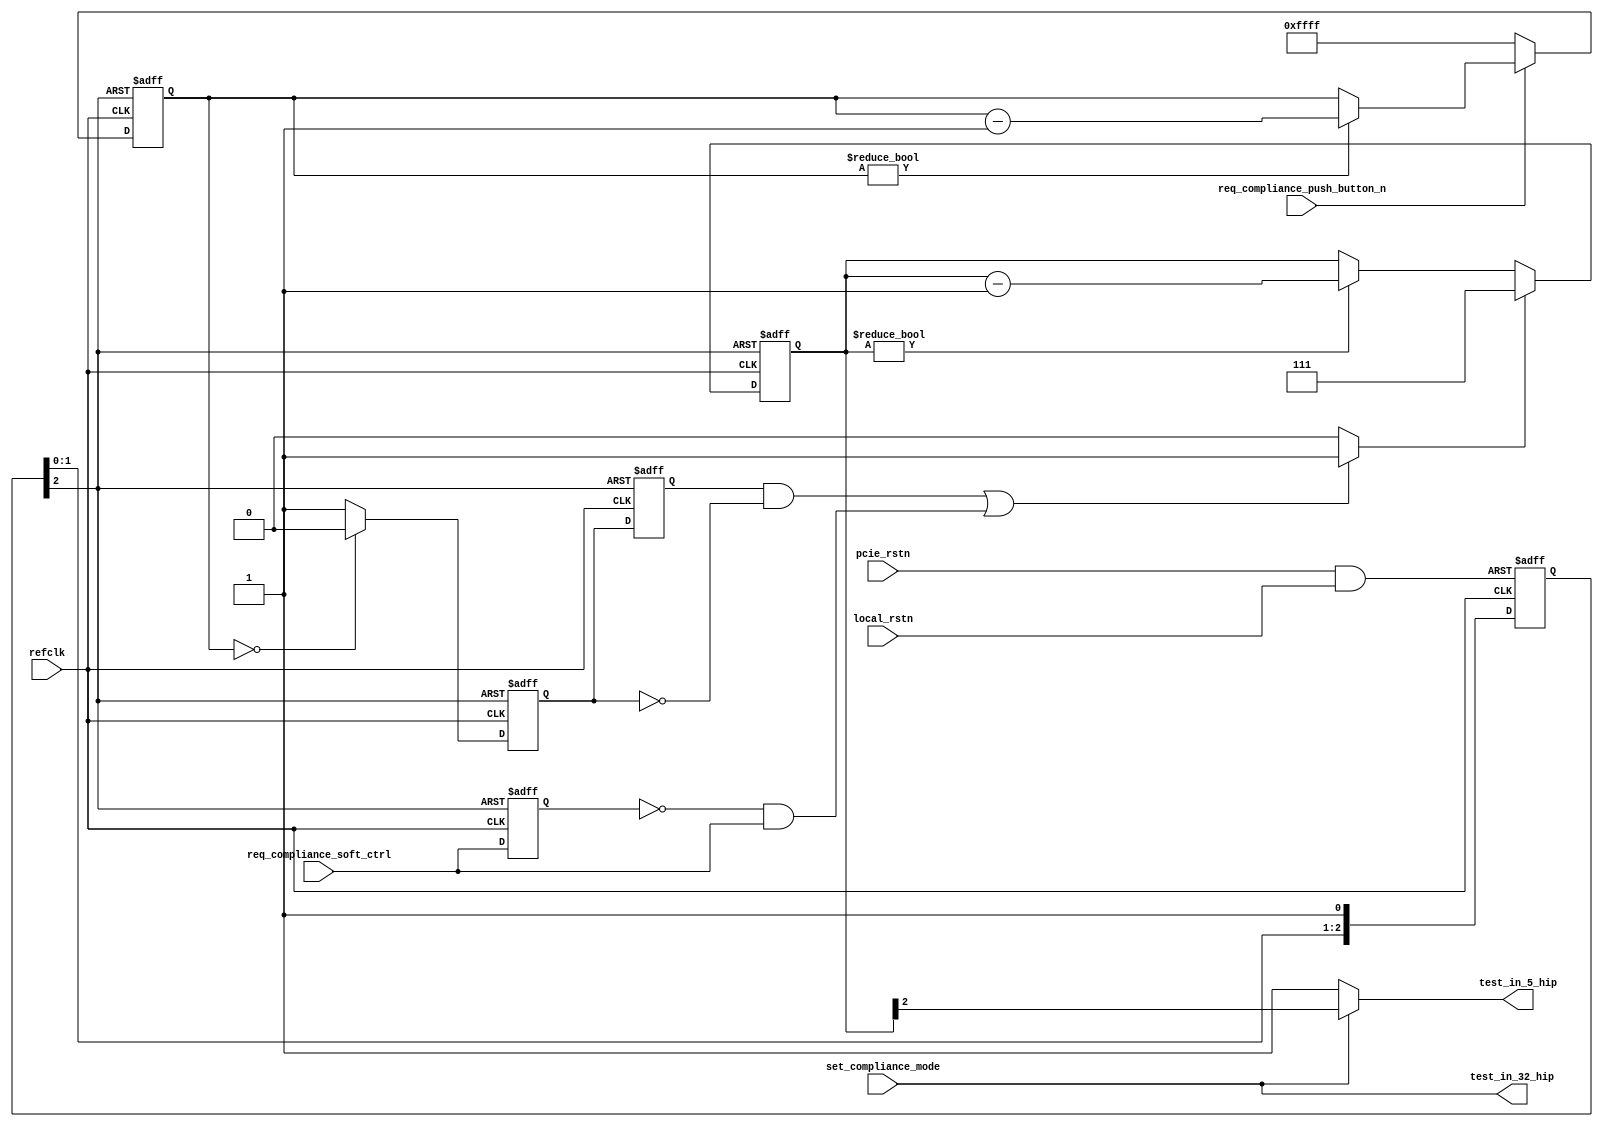
module altpcierd_compliance_test (
    input local_rstn,                  // Local board reset
    input pcie_rstn,                   // PCIe reset
    input refclk,                      // 100 Mhz clock
    input req_compliance_push_button_n,// Push button to cycle through compliance mode, gen1, gen2 - Active low
    input req_compliance_soft_ctrl  ,  // Register to cycle trough compliance mode (monitor rising edge on this register - Active on 0 to 1 transition
    input set_compliance_mode,         // Set compliance mode (test_in[32])

    output test_in_5_hip,
    output test_in_32_hip);

wire rstn;                   // async rstn synchronized on refclk
wire exit_ltssm_compliance;  // when 1 : force exit LTSSM COMPLIANCE state
                             // When 0 : if board plugged on compliance based board, LTSSM returns to COMPLIANCE state
wire new_edge_for_compliance;
reg [2:0] ltssm_cnt_cycles;
reg [15:0] dbc_cnt;

assign test_in_5_hip = (set_compliance_mode==1'b0) ? 1'b1 : exit_ltssm_compliance;
assign test_in_32_hip= set_compliance_mode;

//
// LTSSM Compliance forcing in/out
//
assign exit_ltssm_compliance = ltssm_cnt_cycles[2];
always @(posedge refclk or negedge rstn) begin
   if (rstn == 1'b0) begin
      ltssm_cnt_cycles     <= 3'b000;
   end
   else begin
      if (new_edge_for_compliance==1'b1) begin
         ltssm_cnt_cycles <= 3'b111;
      end
      else if (ltssm_cnt_cycles != 3'b000) begin
         ltssm_cnt_cycles <= ltssm_cnt_cycles - 3'b001;
      end
   end
end

reg  req_compliance_cycle,req_compliance_cycle_r, req_compliance_soft_ctrl_r;
always @(posedge refclk or negedge rstn) begin
   if (rstn == 1'b0) begin
      req_compliance_cycle       <= 1'b1;
      req_compliance_cycle_r     <= 1'b1;
      req_compliance_soft_ctrl_r <= 1'b1;
   end
   else begin
      req_compliance_cycle       <= (dbc_cnt == 16'h0000) ? 1'b0: 1'b1;
      req_compliance_cycle_r     <= req_compliance_cycle;
      req_compliance_soft_ctrl_r <= req_compliance_soft_ctrl;
   end
end
assign new_edge_for_compliance = (((req_compliance_cycle_r == 1'b1)&(req_compliance_cycle == 1'b0))||
                                 ((req_compliance_soft_ctrl_r == 1'b0)&(req_compliance_soft_ctrl == 1'b1))) ?1'b1:1'b0;


//De bouncer  for push button
always @(posedge refclk or negedge rstn) begin
    if (rstn == 1'b0) begin
       dbc_cnt <= 16'hFFFF;
    end
    else begin
       if (req_compliance_push_button_n == 0) begin
          dbc_cnt <= 16'hFFFF;
       end
       else if (dbc_cnt != 16'h0000) begin
          dbc_cnt <= dbc_cnt -16'h1;
       end
    end
end


// Sync async reset
wire npor ;
reg  [2:0] rstn_sync;

assign npor = pcie_rstn & local_rstn;
always @(posedge refclk or negedge npor) begin
   if (npor == 1'b0) begin
      rstn_sync[2:0] <= 3'b000;
   end
   else begin
      rstn_sync[0] <= 1'b1;
      rstn_sync[1] <= rstn_sync[0];
      rstn_sync[2] <= rstn_sync[1];
   end
end
assign rstn  = rstn_sync[2];

endmodule